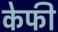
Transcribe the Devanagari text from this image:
केफी